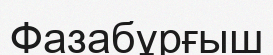
Фазабұрғыш